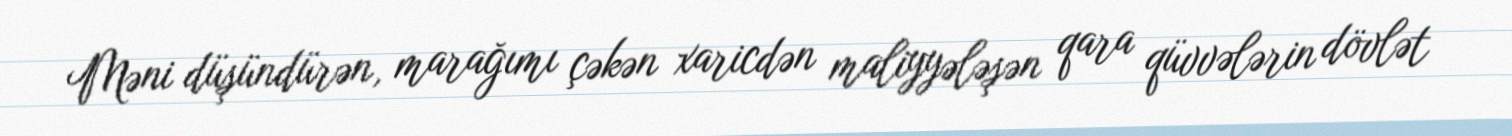
Məni düşündürən, marağımı çəkən xaricdən maliyyələşən qara qüvvələrin dövlət